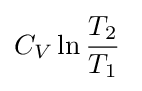
C_{V}\ln {\frac {T_{2}}{T_{1}}}\;